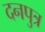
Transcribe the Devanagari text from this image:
दनपुत्र